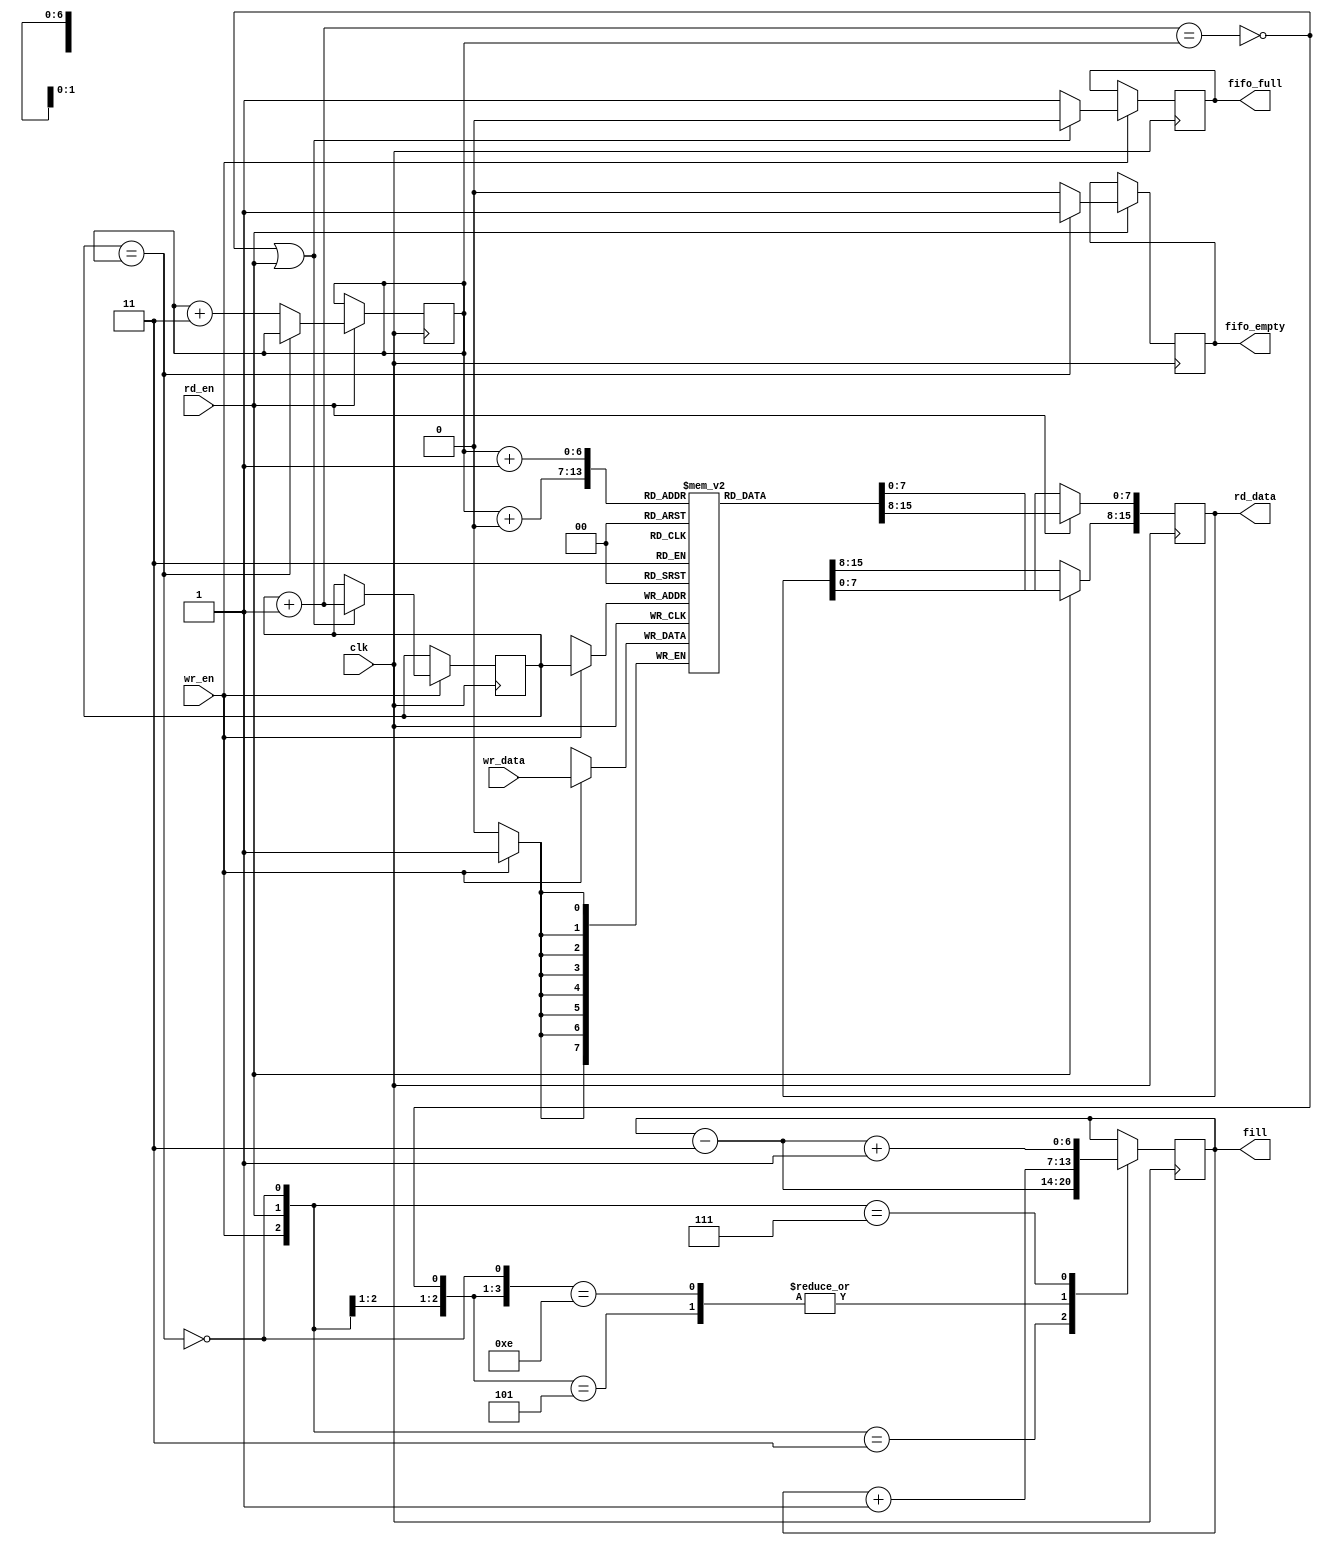
module asynchronous_fifo #(
		parameter BITS_IN=8,
		parameter BITS_OUT=16,
		parameter SIZE=128)
		(
		input wr_en,
		input [(BITS_IN-1):0] wr_data,
		
		input rd_en,
		output reg [(BITS_OUT-1):0] rd_data,
		
		output reg fifo_empty = 1,
		output reg fifo_full = 0,

		output reg [(MAX_BITS-1):0] fill = 0,
		
		input clk
		);
	
	localparam MAX_BITS = $clog2(SIZE);
	localparam BYTES_OUT = $clog2(BITS_OUT) - 1;
		
	reg [(BITS_IN-1):0] buffer [SIZE];
	
	/* better solution
	 */	
	wire [(MAX_BITS-1):0]	nxt_addr;
	reg	[(MAX_BITS-1):0]	rd_addr = 0;
	reg [(MAX_BITS-1):0]	wr_addr = 0;

	wire full;
	wire empty;
	
	assign	nxt_addr = wr_addr + 1'b1;
	assign	full  = (nxt_addr == rd_addr);
	assign	empty = (wr_addr == rd_addr);
	
	always @(posedge clk)
		if (wr_en)
			buffer[wr_addr] <= wr_data;

		integer i;
		always @(posedge clk)
			if (rd_en) begin
				for (i = 1; i <= BYTES_OUT; i = i + 1) begin
					rd_data[(BITS_IN*i)-1:BITS_IN*(i-1)] <= buffer[rd_addr + (i-1)];
				end
		end
			
	always @(posedge clk)
		if (wr_en) begin
			// Update the FIFO write address any time a write is made to
			// the FIFO and it's not FULL.
			//
			// OR any time a write is made to the FIFO at the same time a
			// read is made from the FIFO.
			if ((!full) || (rd_en)) begin
				fifo_full <= 0;
				wr_addr <= wr_addr + 1;
			end
			else
				fifo_full <= 1;
		end
		
	always @(posedge clk)
		if (rd_en) begin
			// On any read request, increment the pointer if the FIFO isn't
			// empty--independent of whether a write operation is taking
			// place at the same time.
			if (!empty) begin
				fifo_empty <= 0;
				rd_addr <= rd_addr + BYTES_OUT;
			end
			else
				// If a read is requested, but the FIFO was full, set
				// an underrun error flag.
				fifo_empty <= 1;
		end
		
	always @(posedge clk)
		casez({ wr_en, rd_en, !full, !empty })
			4'b01?1: fill <= fill - BYTES_OUT;	// A successful read
			4'b101?: fill <= fill + 1'b1;	// A successful write
			4'b1110: fill <= fill + 1'b1;	// Successful write, failed read
			4'b11?1: fill <= fill - BYTES_OUT + 1'b1;
			default: fill <= fill;	// Default, no change
		endcase
		
endmodule